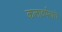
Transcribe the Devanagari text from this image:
कलादर्पणचे